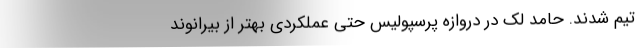
تیم شدند. حامد لک در دروازه پرسپولیس حتی عملکردی بهتر از بیرانوند